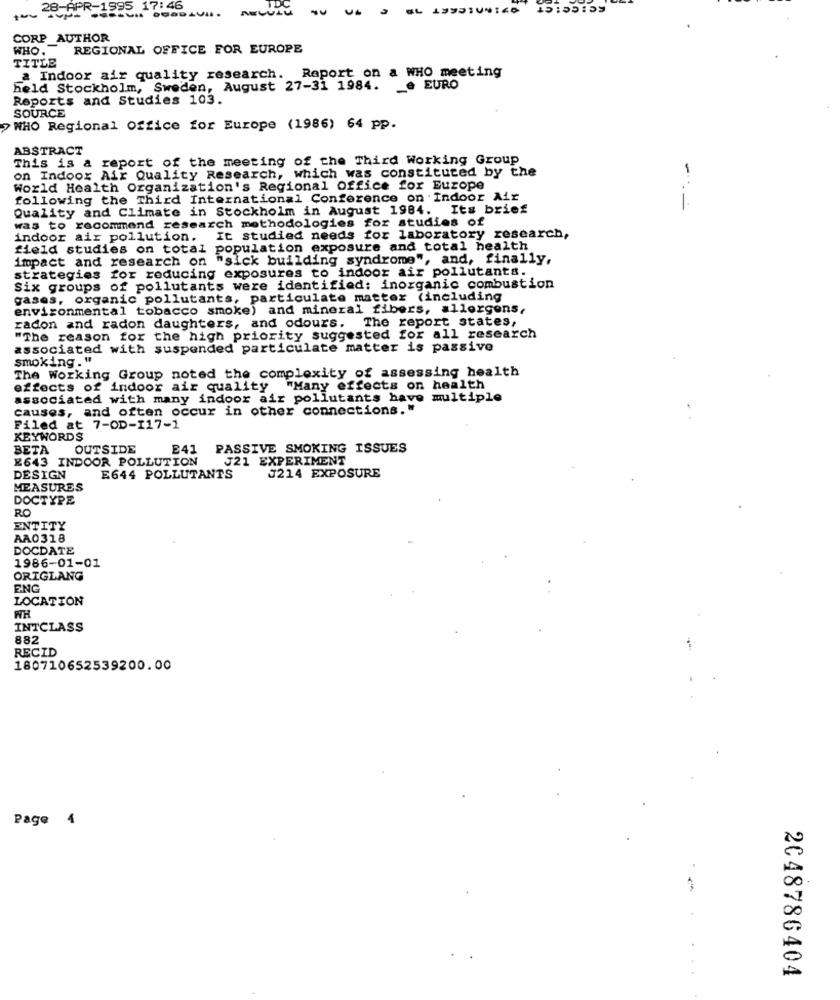
KCICeICT
28-APR-1995 17:46
CORP_AUTHOR
WHO.
REGIONAL OFFICE FOR EUROPE
TITLE
a Indoor air quality research. Raport on a WHO meeting
held Stockholm, Sweden, August 27-31 1984.
_e EURO
Reports and Studies 103.
SOURCE
WHO Regional Office for Europe (1986) 64 pp.
ABSTRACT
This is a report of the meeting of the Third Working Group
on Indoor Air Quality Research, which was constituted by the
World Health Organization's Regional Office for Europe
following the Third International Conference on Indoor Air
Quality and Climate in Stockholm in August 1984. Its brief
1.
was to recommend research methodologies for studies of
indoor air pollution. It studied needs for laboratory research,
field studies on total
population exposure and total health
impact and research on "sick building syndrome", and, finally,
strategies for reducing exposures to indoor air pollutants.
Six groups of pollutants were identified: inorganic combustion
gases, organic pollutants, particulate matter (including
environmental tobacco smoke) and mineral fibers, allergens,
radon and radon daughters, and odours. The report states,
"The reason for the high priority suggested for all research
associated with suspended particulate matter is passive
smoking ."
The Working Group noted the complexity of assessing health
effects of indoor air quality "Many effects on health
associated with many indoor air pollutants have multiple
causes, and often occur in other connections."
Filed at 7-OD-I17-1
KEYWORDS
BETA
OUTSIDE
E41
PASSIVE SMOKING ISSUES
2643 INDOOR POLLUTION
J21 EXPERIMENT
DESIGN
E644 POLLUTANTS
J214 EXPOSURE
MEASURES
DOCTYPE
RO
ENTITY
AA0318
DOCDATE
1986-01-01
ORIGLANG
ENG
LOCATION
WH
INTCLASS
882
RECID
180710652539200.00
Page 4
2048786404